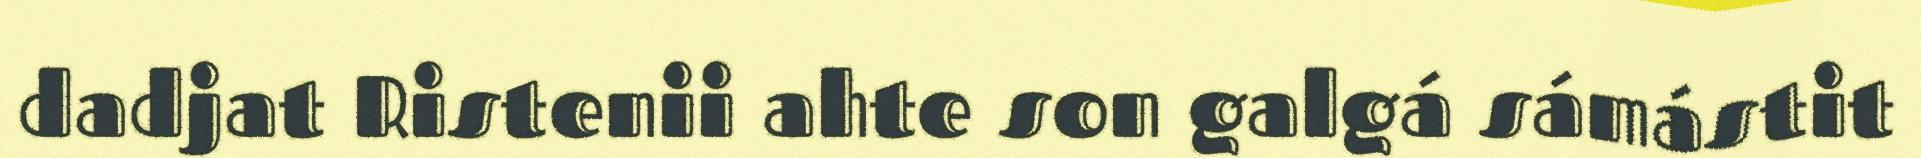
dadjat Ristenii ahte son galgá sámástit